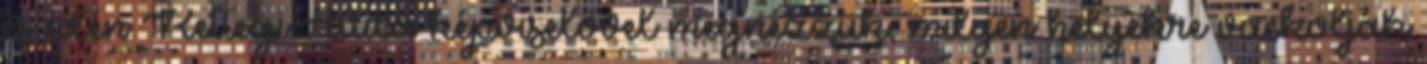
és idén Rettegi Attila képviselővel megnézzük, milyen helyekre vackolják